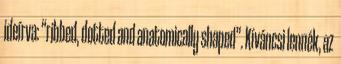
ideírva: “ribbed, dotted and anatomically shaped”. Kíváncsi lennék, az